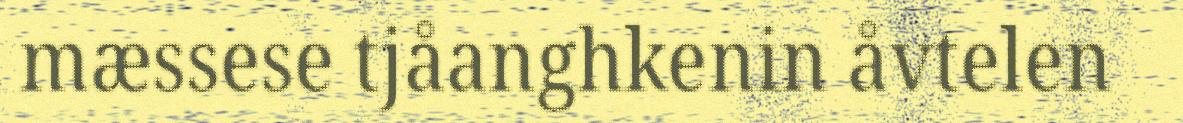
mæssese tjåanghkenin åvtelen